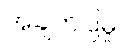
အချက်ပြမှု